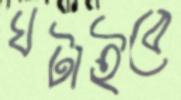
ঘটাইবে